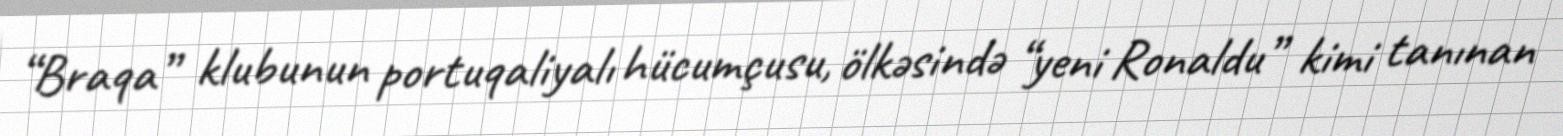
“Braqa” klubunun portuqaliyalı hücumçusu, ölkəsində “yeni Ronaldu” kimi tanınan